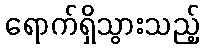
ရောက်ရှိသွားသည့်